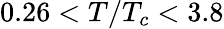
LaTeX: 0.26<T/T_{c}<3.8